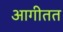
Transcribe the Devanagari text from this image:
आगीतत